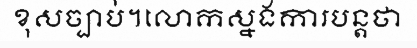
ខុសច្បាប់។លោកស្នងការបន្តថា